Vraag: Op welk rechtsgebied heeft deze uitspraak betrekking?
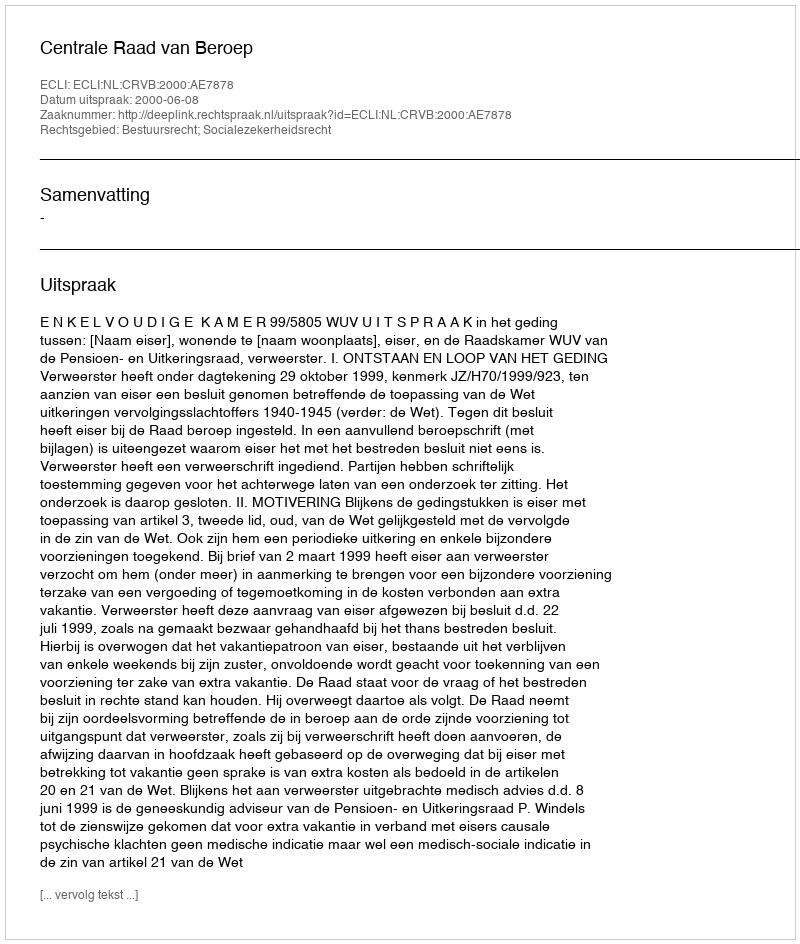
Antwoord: Bestuursrecht; Socialezekerheidsrecht